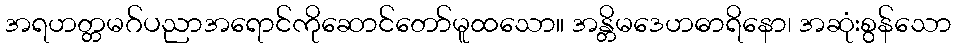
အရဟတ္တမဂ်ပညာအရောင်ကိုဆောင်တော်မူထသော။ အန္တိမဒေဟဓာရိနော၊ အဆုံးစွန်သော